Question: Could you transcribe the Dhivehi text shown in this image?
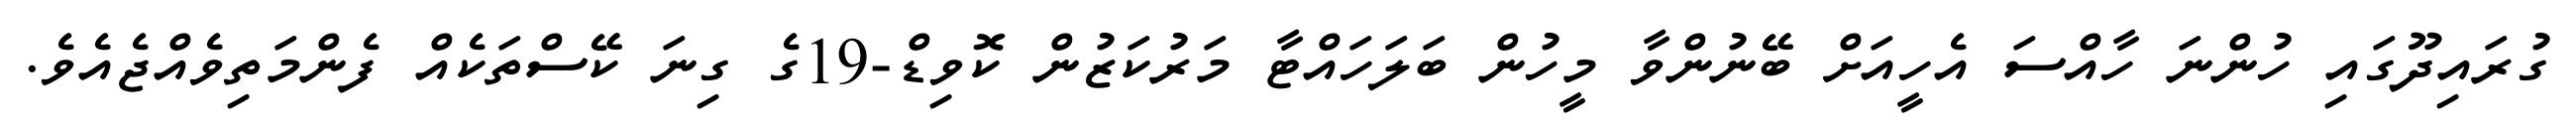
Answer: ގުރައިދޫގައި ހުންނަ ހާއްސަ އެހީއަށް ބޭނުންވާ މީހުން ބަލަހައްޓާ މަރުކަޒުން ކޮވިޑް-19ގެ ގިނަ ކޭސްތަކެއް ފެންމަތިވެއްޖެއެވެ.